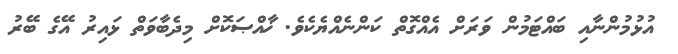
އުޅުމުންނާއި ބައްޓަމުން ވަރަށް އެއްގޮތް ކަންނެއްޔެކެވެ. ޚާއްޞަކޮށް މިދެބާވަތް ޅައިރު އޭގެ ބޭރު